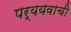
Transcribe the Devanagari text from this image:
पर्ययवाची